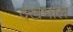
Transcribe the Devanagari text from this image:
दखभाल